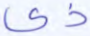
ذي